Bréfritari: Stefanía Siggeirsdóttir
Viðtakandi: Páll Pálsson
Dagsetning: A-1870-02-13
Skrifað á: Hraungerði  Árn.
Stefanía var bróðurdóttir Páls Pálssonar

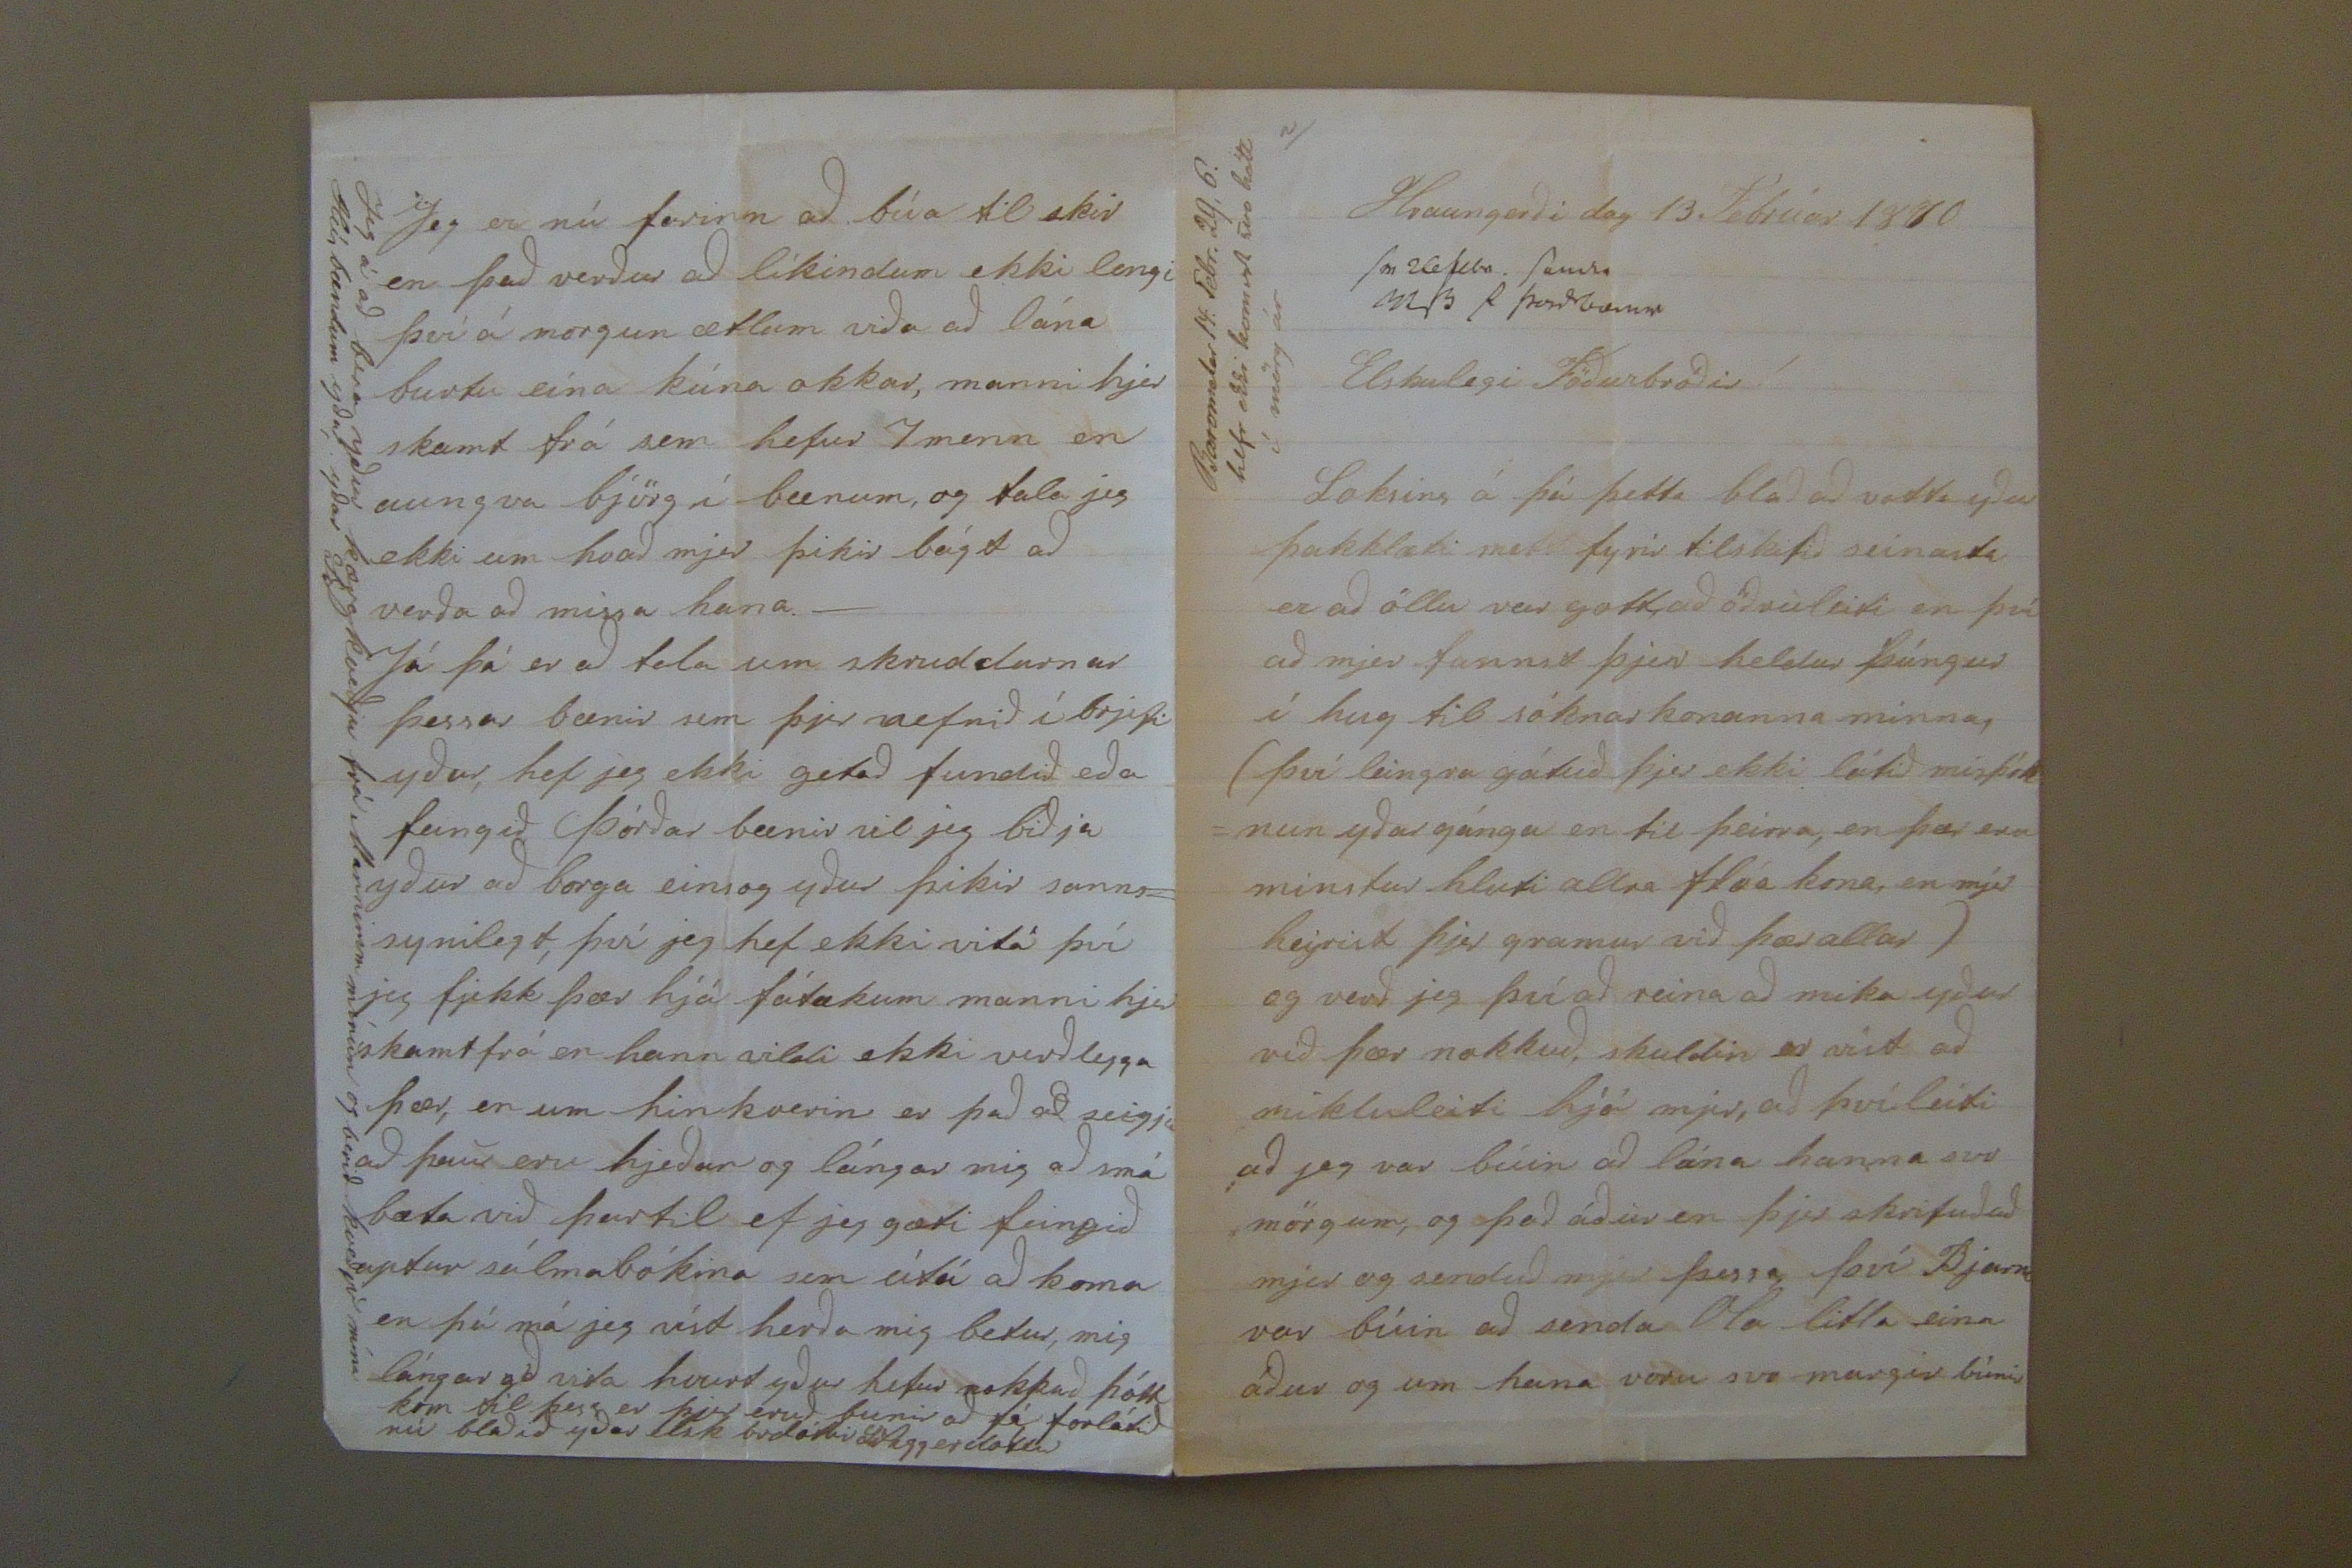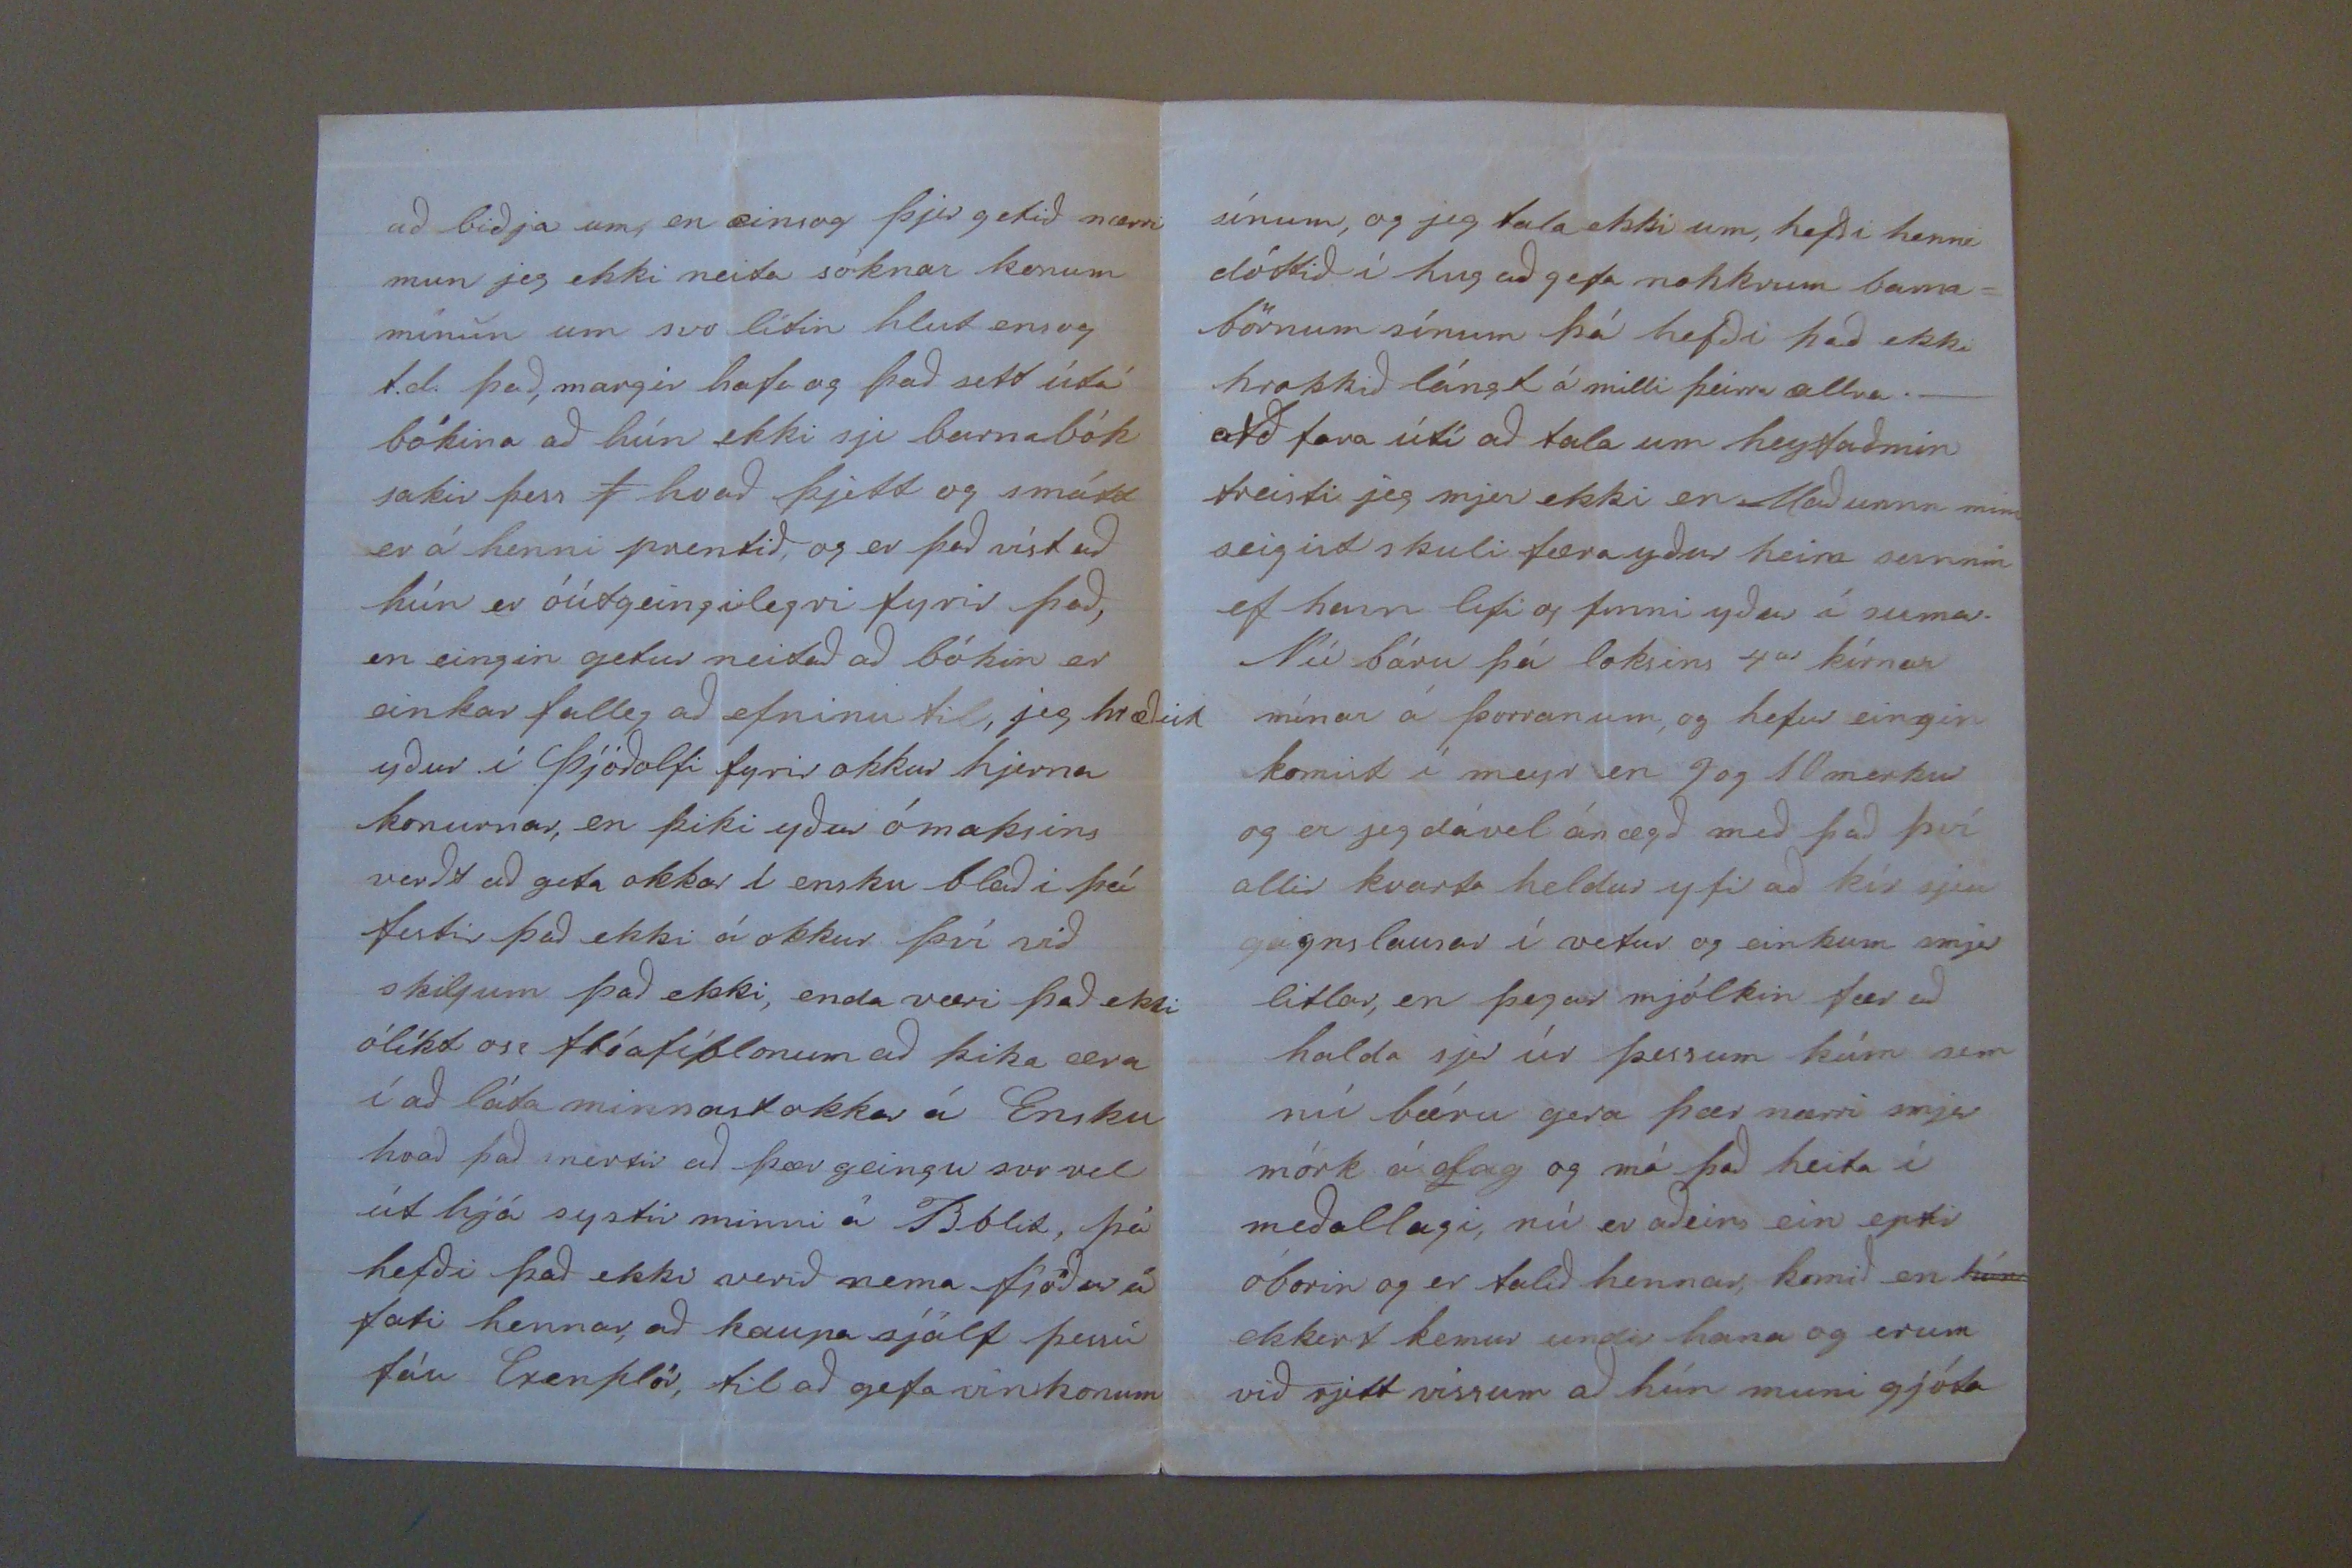

Barometer 14: Febr. 29,6. hefr ekki komist svo hátt í mörg ár
Hraungerði dag 13 Febrúar 1870
sv 26 febr. send
000 0 þordbænir
Elskulegi Föðurbróðir!
Loksins á þú þetta blað að votta yður þakklæti mitt fyrir tilskrifið seinasta er að öllu var gott að öðru leiti en því að mjer fannst þjer heldur þúngur í hug til sóknar konanna minna, (því leingra gátuð þjer ekki látið misþók =nun yðar gánga en til þeirra, en þær eru minstur hluti allra flóa kona, en mjer heyrist þjer gramur við þær allar) og verð jeg því að reina að mika yður við þær nokkuð, skuldin er víst að mikluleiti hjá mjer, að því leiti að jeg var búin að lána hanna svo mörgum, og það áður en þjer skrifuðuð mjer og senduð mjer þessa, því Bjarni var búin að senda Ola litla eina áður og um hana voru svo margir búnir
að biðja um, en einsog þjer getið nærri mun jeg ekki neita sóknar konum mínum um svo lítin hlut ensog t.d. það, margir hafa og það sett útá bókina að hún ekki sje barnabók sakir þess
f
hvað þjett og smátt er á henni prentið, og er það víst að hún er óútgeingilegri fyrir það, en eingin getur neitað að bókin er einkar falleg að efninu til, jeg hræðist yður í Þjóðolfi fyrir okkur hjerna konurnar, en þiki yður ómaksins verðt að geta okkar í ensku blaði þá festir það ekki á okkur því við skiljum það ekki, enda væri það ekki ólíkt oss flóafíblonum að þika
00ra
í að láta minnast okkar á Ensku hvað það snertir að þær geingu svo vel út hjá systir minni á Bblst, þá hefði það ekki verið nema fjöður á fati hennar, að kaupa sjálf þessi fáu Exen
klór
til að gefa vinkonum
sínum, og jeg tala ekki um, hefði henni dóttið í hug að gefa nokkrum barna= börnum sínum þá hefði það ekki hrokkið lángt á milli þeirra allra._ Að fara úti að tala um heyfaðmin treisti jeg mjer ekki en Maðurinn minn seigist skuli færa yður heira s
annin
ef hann lifi og finni yður í sumar. Nú báru þá loksins 4ar kírnar mínar á þorranum, og hefur eingin komist í meyr en 9 og 10 merkur og er jeg dável ánægð með það því allir kvarta heldur yfir að kír sjeu gagnslausar í vetur og einkum smjer litlar, en þegar mjólkin fær að halda sjer úr þessum kúm sem nú báru gera þær nærri smjer mörk á dag og má það heita í meðallægi, nú er aðeins ein eptir óborin og er talið hennar, komið en
hún
ekkert kemur undir hana og erum við rjett vissum að hún muni gjóta
Jeg er nú farinn að búa til skir en það verður að líkindum ekki lengi því á morgun ætlum við
a
að lána burtu eina kúna okkar, manni hjer skamt frá sem hefur 7 menn en aungva björg í bænum, og tala jeg ekki um hvað mjer þikir bágt að verða að missa hana._ Já þá er að tala um skruddurnar þessar bænir sem þjer nefnið í brjefi yðar, hef jeg ekki getað fundið eða feingið Þórðar bænir vil jeg biðja yður að bora einsog yður þikir sanns= synilegt, því jeg hef ekki vitá því jeg fjekk þær hjá fátækum manni hjer skamt frá en hann vildi ekki verðlegga þær, en um hin kverin er það að seigja að þau eru hjeðan og lángar mig að smá bæta við þartil ef jeg gæti feingið aptur sálmabókina sem útá að koma en þá má jeg víst herða mig betur, mig lángar að vita hvurt yður hefur nokkuð þótt kom til þess er þjer eruð búnir að fá forlátið nú blaðið yðar elsk brdóttir StSiggerdottir
Jeg á að bera yður kæra kveðju frá Manninum mínum og berið kveðju mína Húsbændum yður, yðar Ste